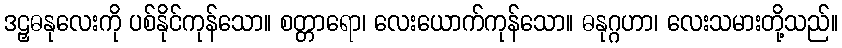
ဒဠှဓနုလေးကို ပစ်နိုင်ကုန်သော။ စတ္တာရော၊ လေးယောက်ကုန်သော။ ဓနုဂ္ဂဟာ၊ လေးသမားတို့သည်။